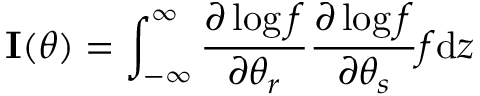
\mathbf { I } ( \theta ) = \int _ { - \infty } ^ { \infty } { \frac { \partial \log f } { \partial \theta _ { r } } } { \frac { \partial \log f } { \partial \theta _ { s } } } f \mathrm { d } z